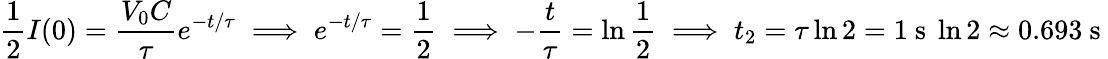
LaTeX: \frac{1}{2}I(0)=\frac{V_{0}C}{\tau}e^{-t/\tau}\implies e^{-t/\tau}=\frac{1}{2}\implies-\frac{t}{\tau}=\ln{\frac{1}{2}}\implies t_{2}=\tau\ln{2}=1\mathrm{~s~}\ln{2}\approx 0.693\mathrm{~s~}